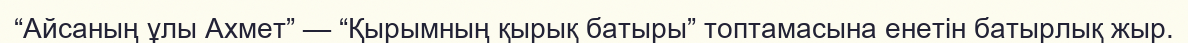
“Айсаның ұлы Ахмет” — “Қырымның қырық батыры” топтамасына енетін батырлық жыр.